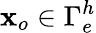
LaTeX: {\mathbf x}_{o}\in\Gamma_{e}^{h}